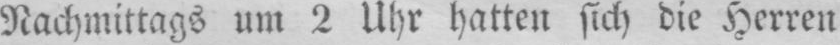
Nachmittags um 2 Uhr hatten sich die Herren